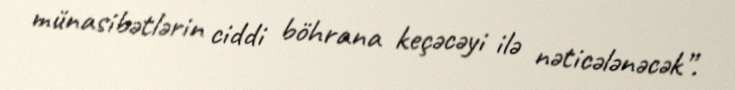
münasibətlərin ciddi böhrana keçəcəyi ilə nəticələnəcək”.